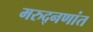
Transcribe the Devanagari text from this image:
मरुद्नणांत